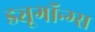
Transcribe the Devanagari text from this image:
ड्यूगॉन्ग्स